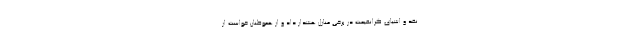
نقد و اشیای گرانقیمت در برخی منازل هشدار داد و از هموطنان خواست از